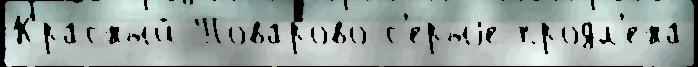
Кра́сный Поварово с'е́рыjе продл'ена́